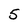
Character: 5